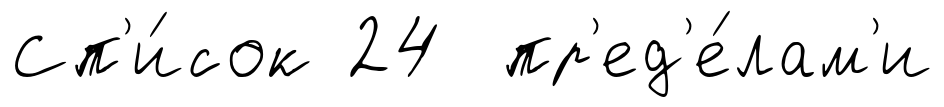
Сп'и́сок 24 пр'ед'е́лам'и